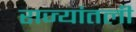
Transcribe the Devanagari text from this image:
राज्यांतली